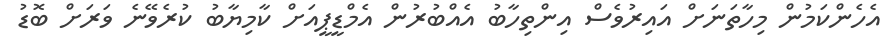
އެހެންކަމުން މިހާތަނަށް އައިރުވެސް އިންތިހާބު އެއްބުރުން އެމްޑީޕީއަށް ކާމިޔާބު ކުރެވޭނެ ވަރަށް ބޮޑު